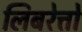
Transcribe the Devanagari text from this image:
लिबरेत्तो